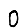
Digit: 0